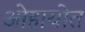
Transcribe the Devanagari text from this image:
ओहायोत